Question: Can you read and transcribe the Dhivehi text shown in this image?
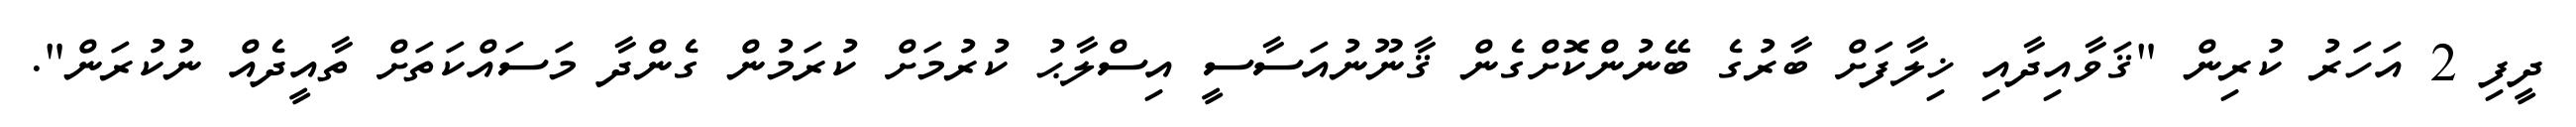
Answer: ދީފި 2 އަހަރު ކުރިން "ޤަވާއިދާއި ޚިލާފަށް ބާރުގެ ބޭނުންކޮށްގެން ޤާނޫނުއަސާސީ އިސްލާޙު ކުރުމަށް ކުރަމުން ގެންދާ މަސައްކަތަށް ތާއީދެއް ނުކުރަން".